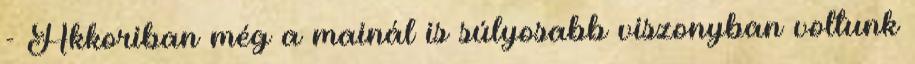
- Akkoriban még a mainál is súlyosabb viszonyban voltunk